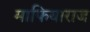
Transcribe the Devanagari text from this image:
माफियाराज